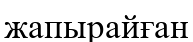
жапырайған